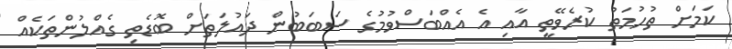
ކަމަށް ތުހުމަތު ކުރެވޭތީ އާއި އެ އެއްބަސްވުމުގެ ސަބަބުން ދައުލަތަށް ބޮޑެތި ގެއްލުންތަކެއް